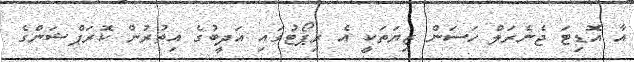
އާ އޮޑިޓަ ޖެނެރަލް ހަސަން ޒިޔަތަކީ އެ ރިޕޯޓުގައި އަދީބުގެ އިތުރުން ކޮރަޕްޝަންގެ